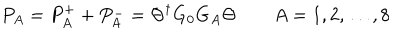
P _ { A } = P _ { A } ^ { + } + P _ { A } ^ { - } = \Theta ^ { \dagger } G _ { 0 } G _ { A } \Theta \qquad A = 1 , 2 , \dots , 8